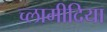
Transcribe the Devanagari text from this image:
च्‍लामीदिया